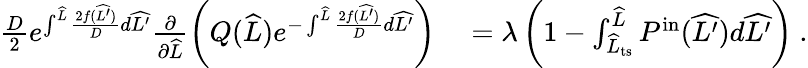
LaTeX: \begin{array}{rl}{\frac{D}{2}e^{\int^{\widehat{L}}\frac{2f(\widehat{L^{\prime}})}{D}d\widehat{L^{\prime}}}\frac{\partial}{\partial\widehat{L}}\left(Q(\widehat{L})e^{-\int^{\widehat{L}}\frac{2f(\widehat{L^{\prime}})}{D}d\widehat{L^{\prime}}}\right)}&{{}=\lambda\left(1-\int_{\widehat{L}_{\mathrm{ts}}}^{\widehat{L}}P^{\mathrm{in}}(\widehat{L^{\prime}})d\widehat{L^{\prime}}\right)\ .}\end{array}